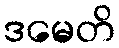
ဒမေတိ